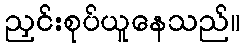
ညှင်းစုပ်ယူနေသည်။